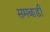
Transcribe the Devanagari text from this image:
समबाडी